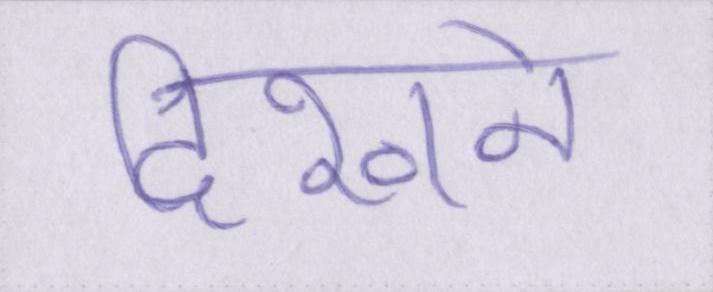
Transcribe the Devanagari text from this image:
दिखने